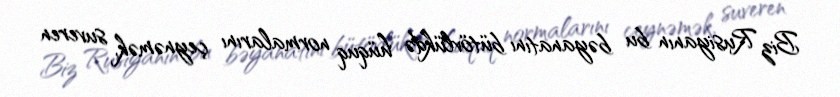
Biz Rusiyanın bu bəyanatını bütövlükdə hüquq normalarını çeynəmək, suveren